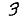
Digit: 3